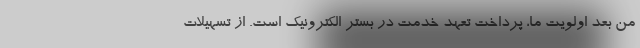
من بعد اولویت‌ ما، پرداخت تعهد خدمت در بستر الکترونیک است. از تسهیلات